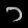
Digit: ၁